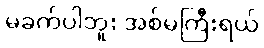
မခက်ပါဘူး အစ်မကြီးရယ်